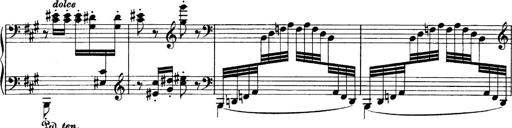
Title: Sonatina No.6
Composer: Ferruccio Busoni